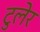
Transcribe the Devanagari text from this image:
टुलेर